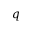
q